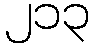
၂၁၃